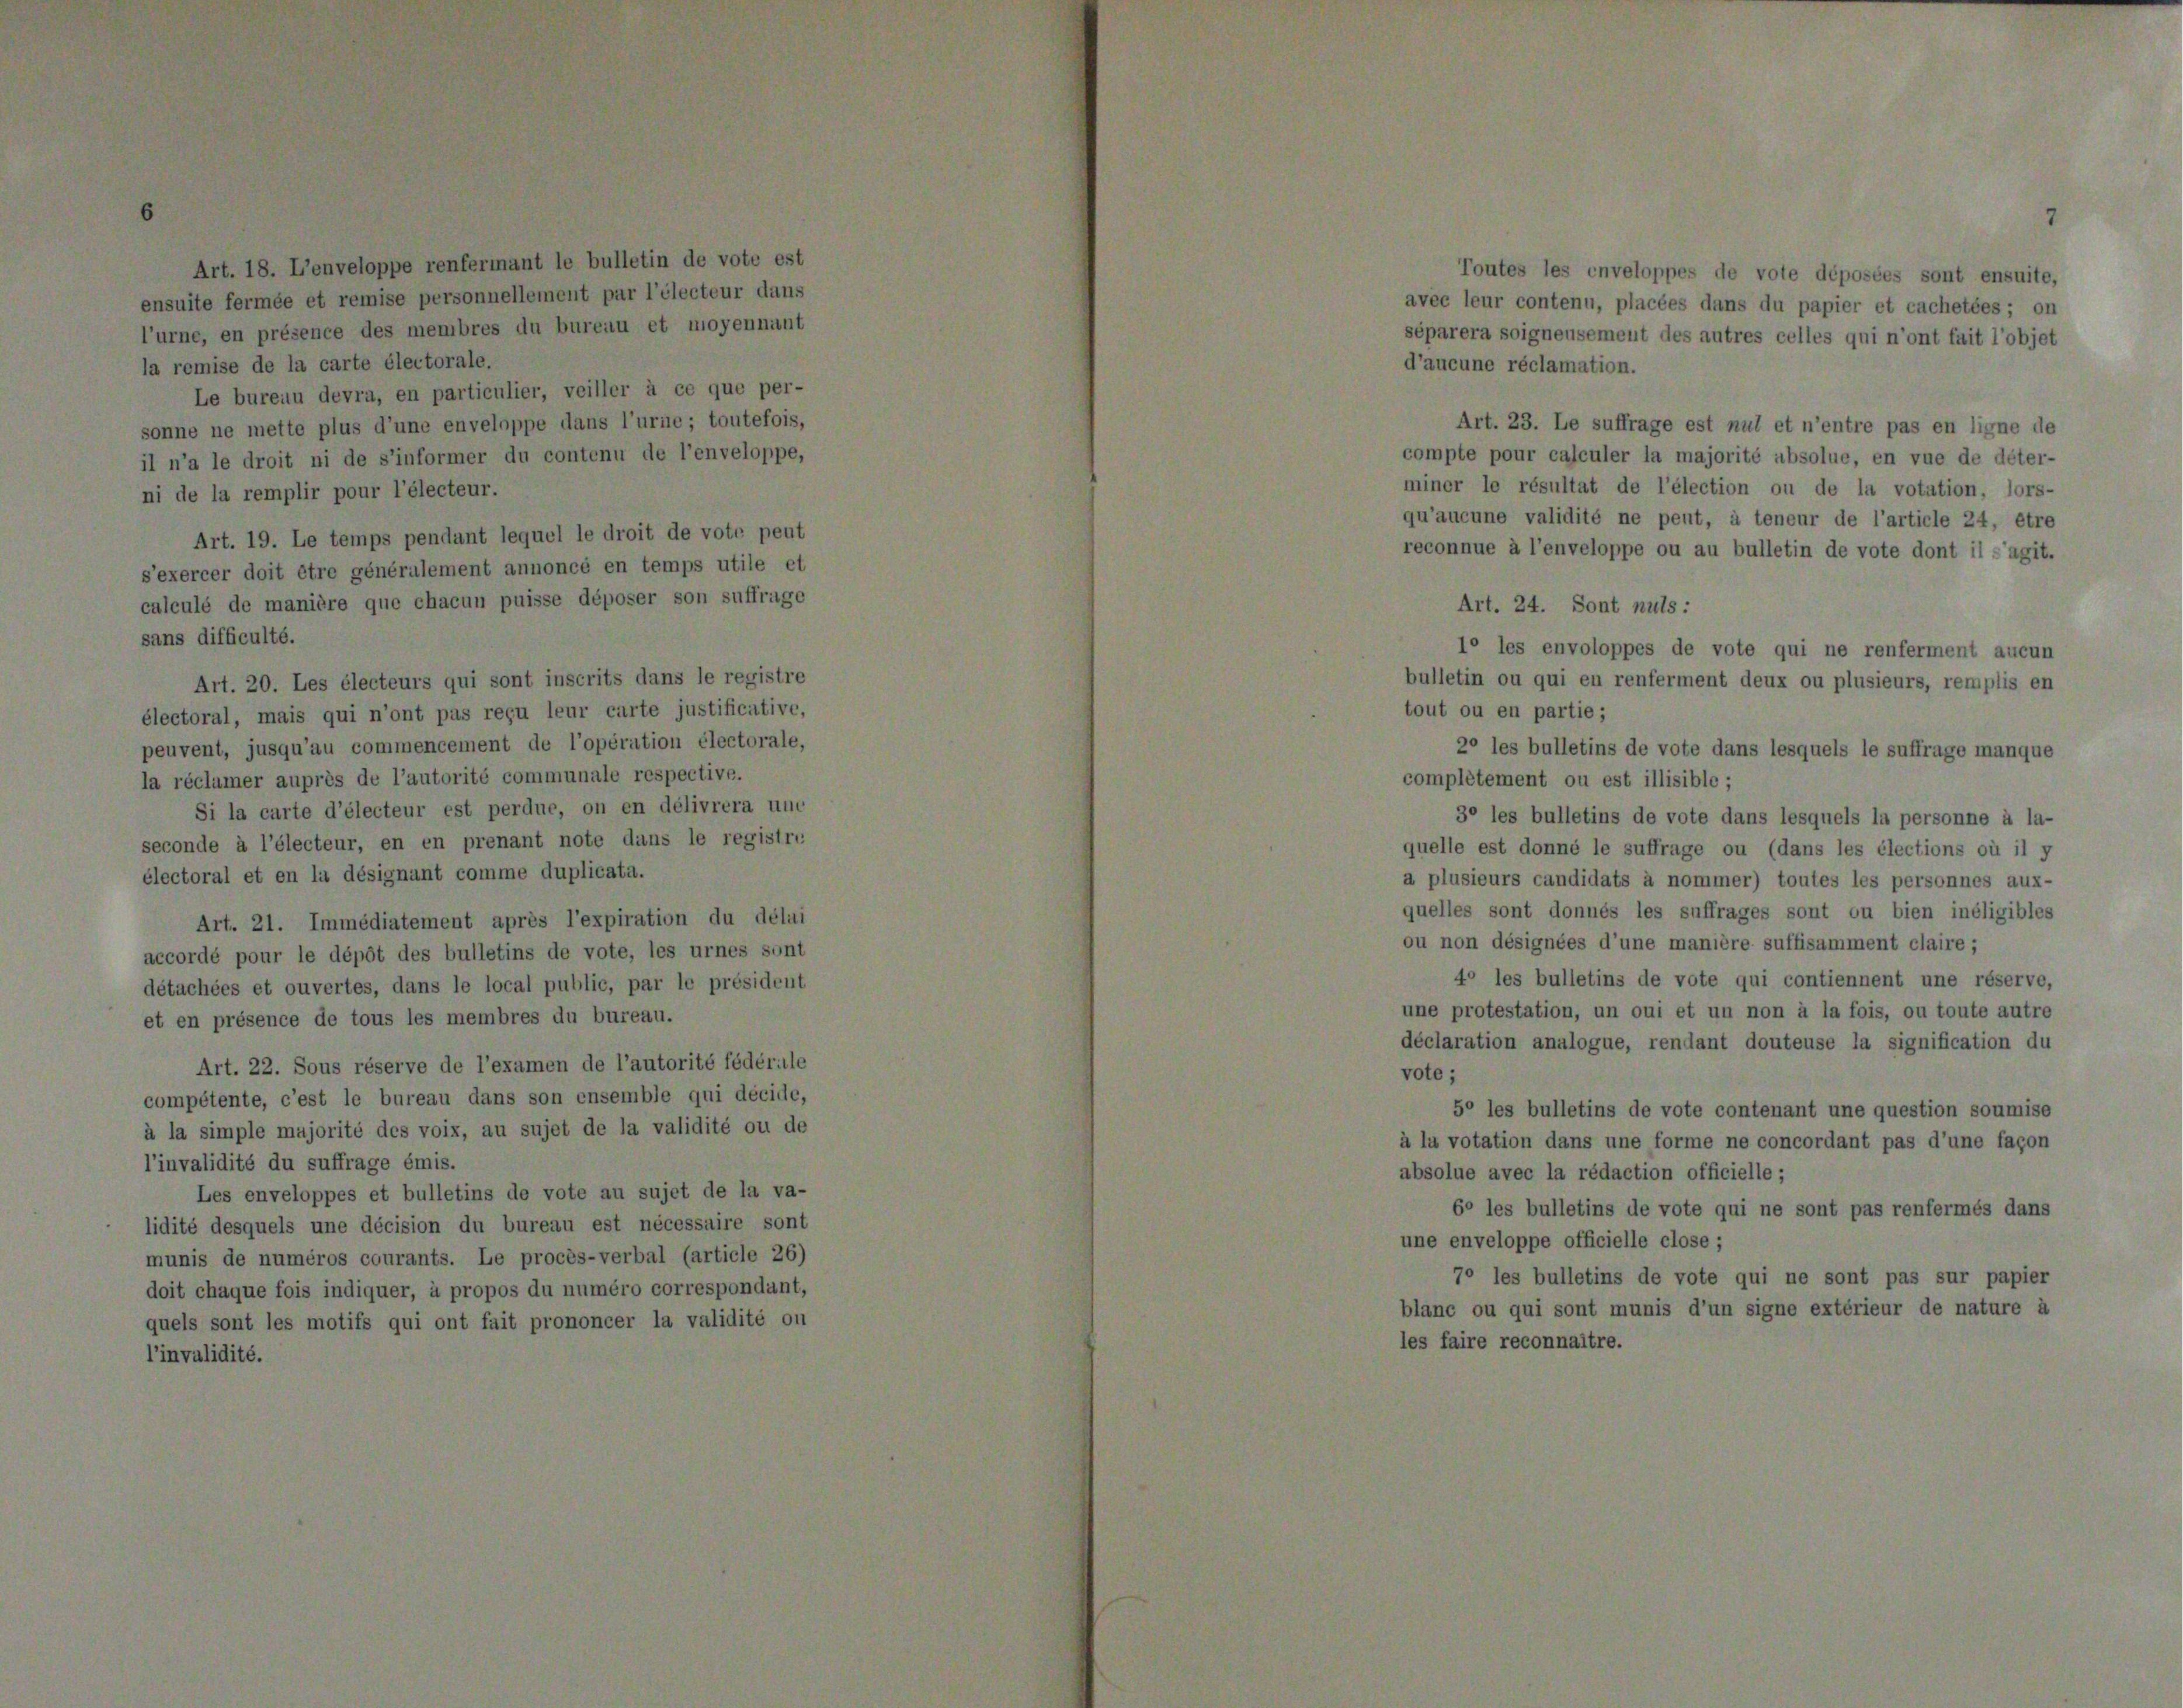
b

l’invalidité du suffrage émis.
Les enveloppes et bulletins de vote :
lidité desquels une décision du bureau ei
munis de numéros courants. Le procès-
doit chaque fois indiquer, à propos du num

1

til

ra 1

ou

a va

cle 26)
ondant,

act

e